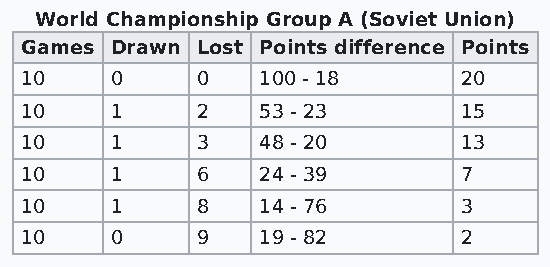
World Championship Group A (Soviet Union)
 Games Drawn Lost Points difference Points
 10    0     0   100 - 18      20
 10    1     2   53 - 23       15
 10    1     3   48 - 20       13
 10    1     6   24 - 39       7
 10    1     8   14 - 76       3
 10    0     9   19 - 82       2